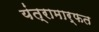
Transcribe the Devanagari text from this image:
यंत्रामार्फत